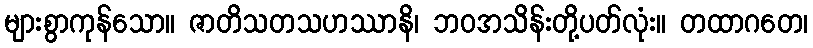
များစွာကုန်သော။ ဇာတိသတသဟဿာနိ၊ ဘဝအသိန်းတို့ပတ်လုံး။ တထာဂတေ၊